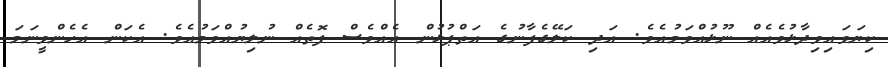
ކިޔަވައިވިދާޅުވެއެއް ނޫޅުއްވަމުއެވެ. އަދި ކަލޭގެފާނުގެ އަތްޕުޅުން އެއްވެސް ފޮތެއް ނުލިޔުއްވަމުއެވެ. އެކަން އެހެންވީނަމަ